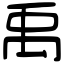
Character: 禹